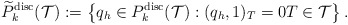
\begin{align*}\widetilde{P}_{k}^{\mathrm{disc}}(\mathcal{T}):=\left\{q_h\in {P}_{k}^{\mathrm{disc}}(\mathcal{T}): (q_h, 1)_T=0 T\in\mathcal{T}\right\}.\end{align*}